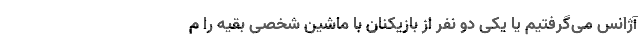
آژانس می‌گرفتیم یا یکی دو نفر از بازیکنان با ماشین شخصی بقیه را م